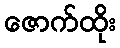
ဇောက်ထိုး